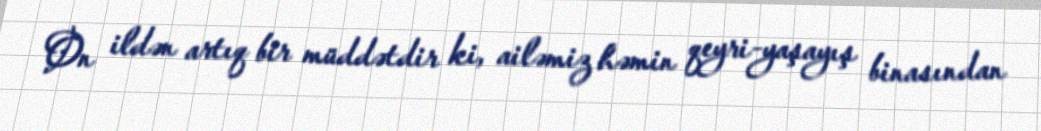
On ildən artıq bir müddətdir ki, ailəmiz həmin qeyri-yaşayış binasından